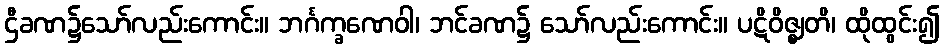
ဌီခဏ၌သော်လည်းကောင်း။ ဘင်္ဂက္ခဏေဝါ၊ ဘင်ခဏ၌ သော်လည်းကောင်း။ ပဋိဝိဇ္ဈတိ၊ ထိုထွင်း၍